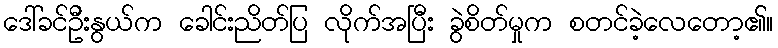
ဒေါ်ခင်ဦးနွယ်က ခေါင်းညိတ်ပြ လိုက်အပြီး ခွဲစိတ်မှုက စတင်ခဲ့လေတော့၏။